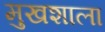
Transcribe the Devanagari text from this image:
मुखशाला